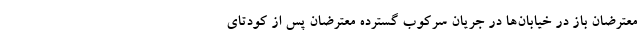
معترضان باز در خیابان‌ها در جریان سرکوب گستردهٔ معترضان پس از کودتای